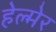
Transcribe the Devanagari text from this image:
हेल्मेर